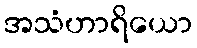
အသံဟာရိယော